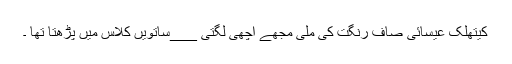
کیتھلک عیسائی صاف رنگت کی مِلی مجھے اچھی لگتی ___ساتویں کلاس میں پڑھتا تھا ۔